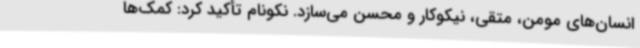
انسان‌های مومن، متقی، نیکوکار و محسن می‌سازد. نکونام تأکید کرد: کمک‌ها